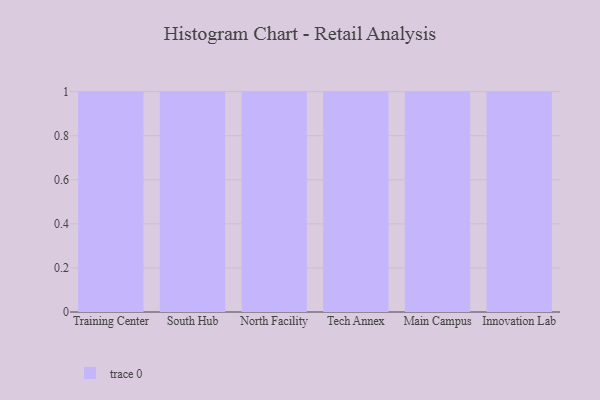
{"axis": {"x": "Campus", "y": "Revenue (USD Million)"}, "legend": [""], "data": [{"x": "Training Center", "y": 73, "type": ""}, {"x": "South Hub", "y": 12, "type": ""}, {"x": "North Facility", "y": 55, "type": ""}, {"x": "Tech Annex", "y": 84, "type": ""}, {"x": "Main Campus", "y": 19, "type": ""}, {"x": "Innovation Lab", "y": 19, "type": ""}]}